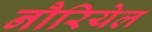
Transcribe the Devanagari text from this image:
नौरियेल